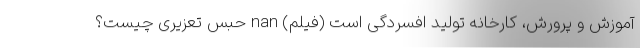
آموزش و پرورش، کارخانه تولید افسردگی است (فیلم) nan حبس تعزیری چیست؟